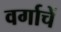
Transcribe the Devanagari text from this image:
वर्गाचें